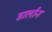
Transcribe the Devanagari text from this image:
डार्लान